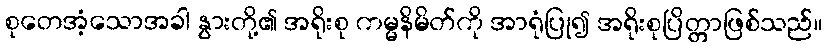
စုတေအံ့သောအခါ နွားတို့၏ အရိုးစု ကမ္မနိမိတ်ကို အာရုံပြု၍ အရိုးစုပြိတ္တာဖြစ်သည်။